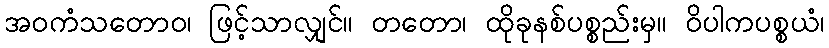
အဝကံသတောဝ၊ ဖြင့်သာလျှင်။ တတော၊ ထိုခုနစ်ပစ္စည်းမှ။ ဝိပါကပစ္စယံ၊